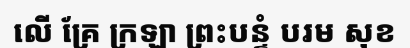
លើ គ្រែ ក្រឡា ព្រះបន្ទំ បរម សុខ